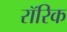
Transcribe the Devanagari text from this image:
रॉरिक